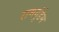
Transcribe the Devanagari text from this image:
रामगुंडेम